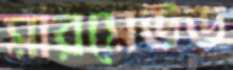
মারমেউড